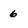
Character: 6